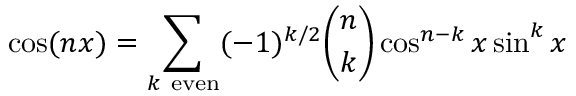
\cos ( n x ) = \sum _ { k { \mathrm { ~ e v e n } } } ( - 1 ) ^ { k / 2 } { \binom { n } { k } } \cos ^ { n - k } x \sin ^ { k } x